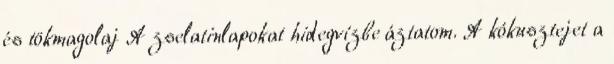
és tökmagolaj A zselatinlapokat hidegvízbe áztatom. A kókusztejet a